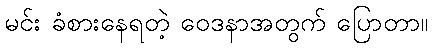
မင်း ခံစားနေရတဲ့ ဝေဒနာအတွက် ပြောတာ။